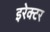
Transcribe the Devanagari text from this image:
इरेक्टर